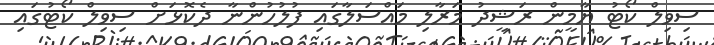
ސިވިލް ކޯޓު ޔާމީން ރަޝީދު މަރާލި މައްސަލާގައި ފުލުހުންނާ ދެކޮޅަށް ސިވިލް ކޯޓުގައި